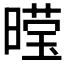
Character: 𮲩